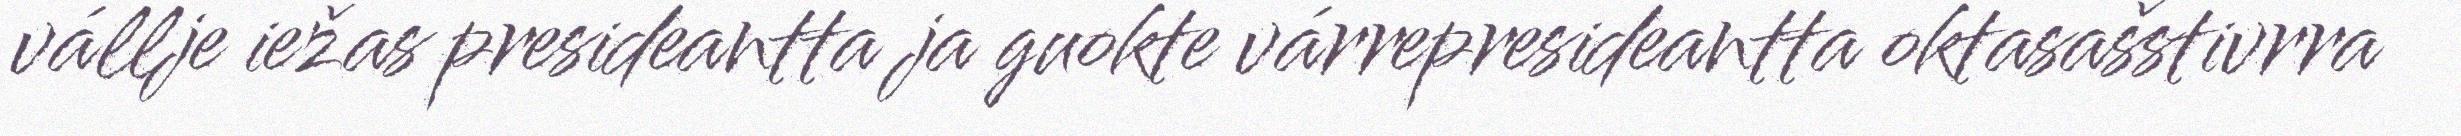
vállje iežas presideantta ja guokte várrepresideantta oktasašstivrra